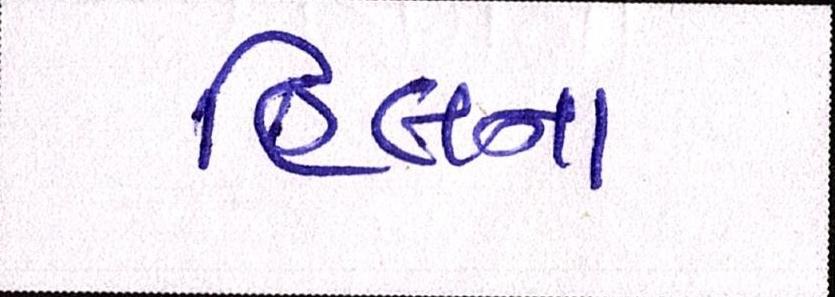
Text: હિલના